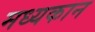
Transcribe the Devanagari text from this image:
मध्यकान